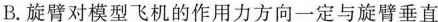
B.旋臂对模型飞机的作用力方向一定与旋臂垂直